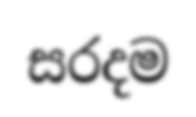
සරදම